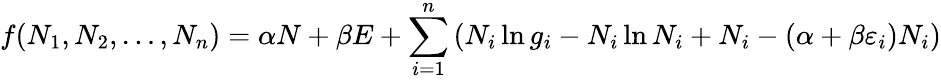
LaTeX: f(N_{1},N_{2},\ldots,N_{n})=\alpha N+\beta E+\sum_{i=1}^{n}\left(N_{i}\ln g_{i}-N_{i}\ln N_{i}+N_{i}-(\alpha+\beta\varepsilon_{i})N_{i}\right)